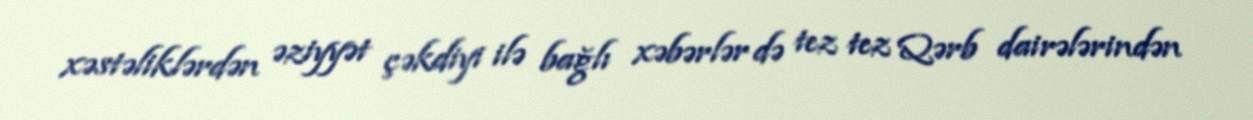
xəstəliklərdən əziyyət çəkdiyi ilə bağlı xəbərlər də tez tez Qərb dairələrindən